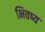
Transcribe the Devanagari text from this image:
भिवष्य